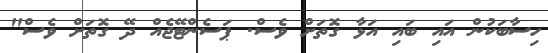
ހިސާބަކުން އައި ބައި އަޅާ ގޮތަށް ވެސް. ޕަސެންޓޭޖެއް ދޭ ގޮތަށް ވެސް"